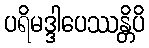
ပရိမဒ္ဒါပေဿန္တိပိ